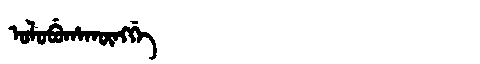
Manchu: ᠣᠯᠣᠪᡠᡥᠠᡴᡡᠩᡤᡝ
Romanization: OLOBUHAKŪNGGE